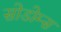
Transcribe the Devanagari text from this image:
सोडोम्स